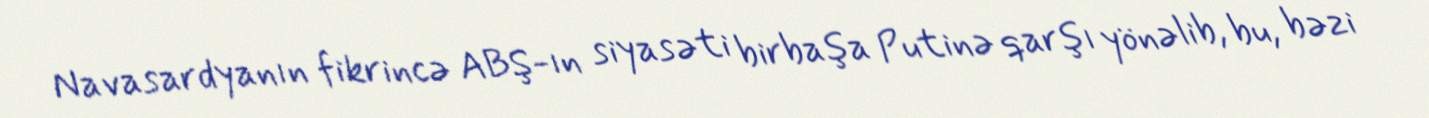
Navasardyanın fikrincə ABŞ-ın siyasəti birbaşa Putinə qarşı yönəlib, bu, bəzi